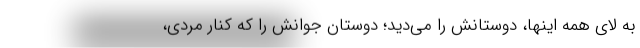
به لاي همه اينها، دوستانش را مي‌ديد؛ دوستان جوانش را كه كنار مردي،